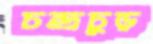
চন্দ্রচুড়